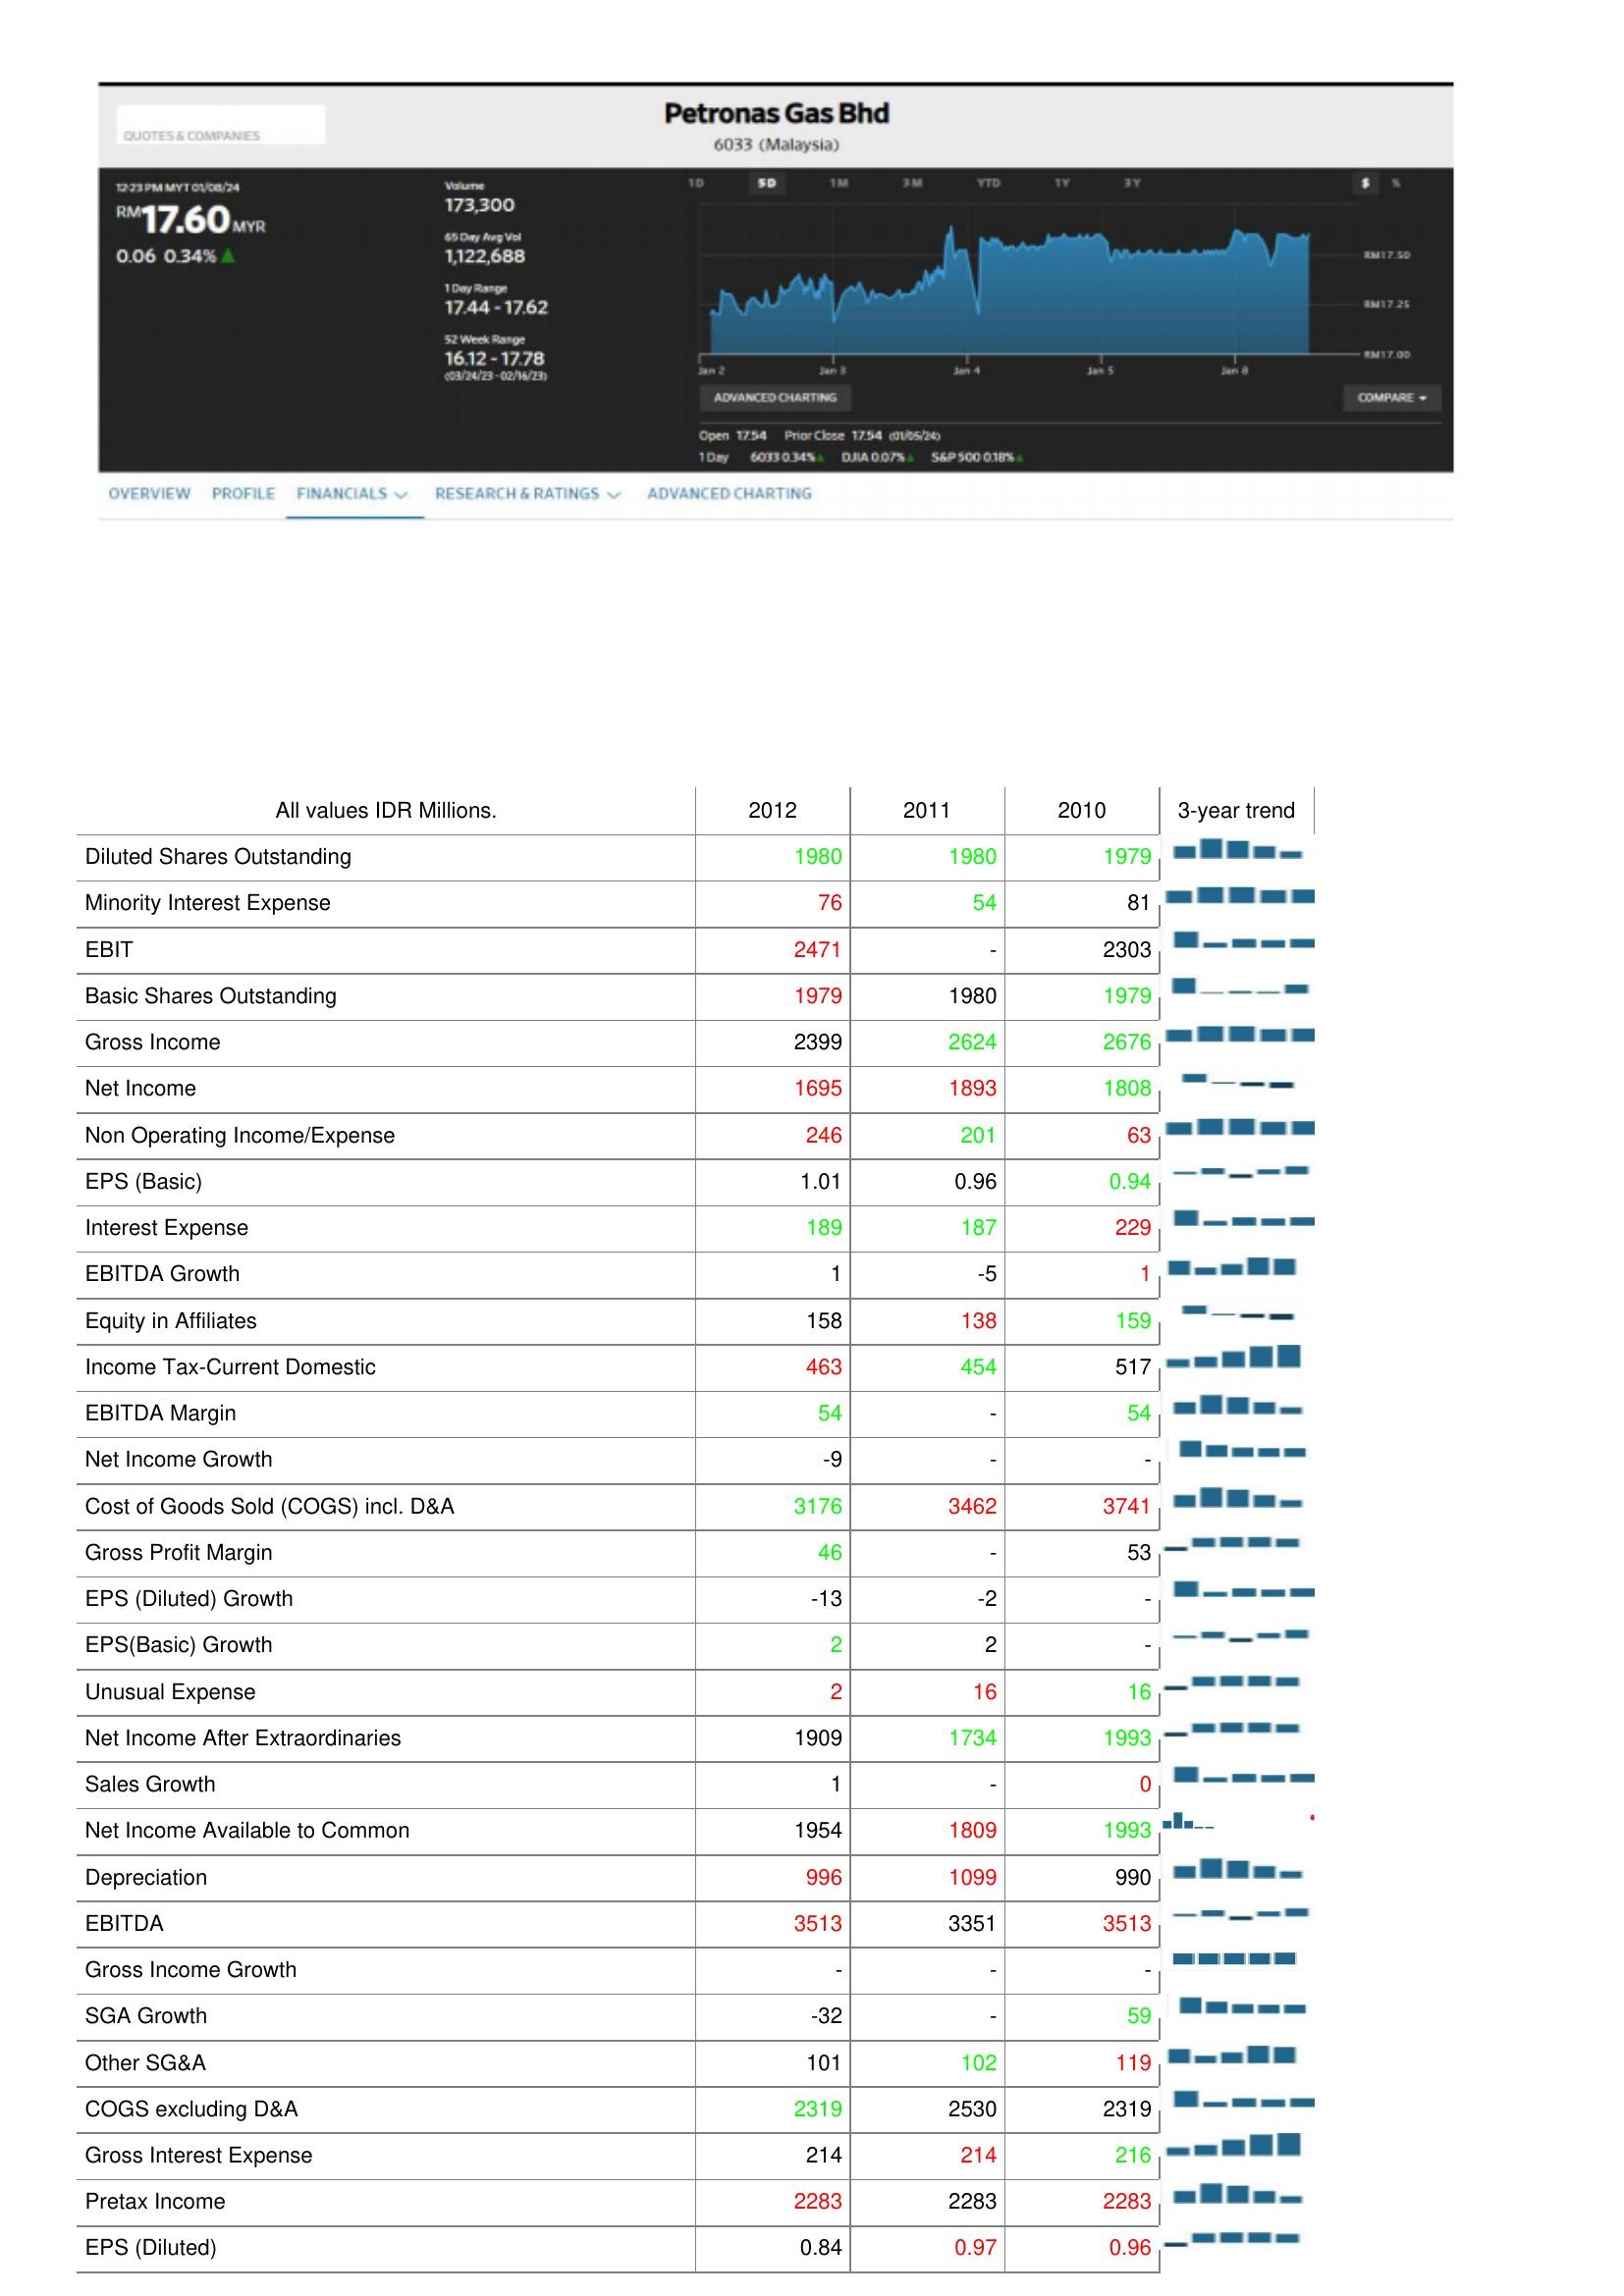
2012: : Diluted Shares Outstanding: 1980
Minority Interest Expense: 76
EBIT: 2471
Basic Shares Outstanding: 1979
Gross Income: 2399
Net Income: 1695
Non Operating Income/Expense: 246
EPS (Basic): 1.01
Interest Expense: 189
EBITDA Growth: 1
Equity in Affiliates: 158
Income Tax-Current Domestic: 463
EBITDA Margin: 54
Net Income Growth: -9
Cost of Goods Sold (COGS) incl. D&A: 3176
Gross Profit Margin: 46
EPS (Diluted) Growth: -13
EPS(Basic) Growth: 2
Unusual Expense: 2
Net Income After Extraordinaries: 1909
Sales Growth: 1
Net Income Available to Common: 1954
Depreciation: 996
EBITDA: 3513
Gross Income Growth: -
SGA Growth: -32
Other SG&A: 101
COGS excluding D&A: 2319
Gross Interest Expense: 214
Pretax Income: 2283
EPS (Diluted): 0.84
2011: : Diluted Shares Outstanding: 1980
Minority Interest Expense: 54
EBIT: -
Basic Shares Outstanding: 1980
Gross Income: 2624
Net Income: 1893
Non Operating Income/Expense: 201
EPS (Basic): 0.96
Interest Expense: 187
EBITDA Growth: -5
Equity in Affiliates: 138
Income Tax-Current Domestic: 454
EBITDA Margin: -
Net Income Growth: -
Cost of Goods Sold (COGS) incl. D&A: 3462
Gross Profit Margin: -
EPS (Diluted) Growth: -2
EPS(Basic) Growth: 2
Unusual Expense: 16
Net Income After Extraordinaries: 1734
Sales Growth: -
Net Income Available to Common: 1809
Depreciation: 1099
EBITDA: 3351
Gross Income Growth: -
SGA Growth: -
Other SG&A: 102
COGS excluding D&A: 2530
Gross Interest Expense: 214
Pretax Income: 2283
EPS (Diluted): 0.97
2010: : Diluted Shares Outstanding: 1979
Minority Interest Expense: 81
EBIT: 2303
Basic Shares Outstanding: 1979
Gross Income: 2676
Net Income: 1808
Non Operating Income/Expense: 63
EPS (Basic): 0.94
Interest Expense: 229
EBITDA Growth: 1
Equity in Affiliates: 159
Income Tax-Current Domestic: 517
EBITDA Margin: 54
Net Income Growth: -
Cost of Goods Sold (COGS) incl. D&A: 3741
Gross Profit Margin: 53
EPS (Diluted) Growth: -
EPS(Basic) Growth: -
Unusual Expense: 16
Net Income After Extraordinaries: 1993
Sales Growth: 0
Net Income Available to Common: 1993
Depreciation: 990
EBITDA: 3513
Gross Income Growth: -
SGA Growth: 59
Other SG&A: 119
COGS excluding D&A: 2319
Gross Interest Expense: 216
Pretax Income: 2283
EPS (Diluted): 0.96